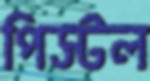
পিস্টল